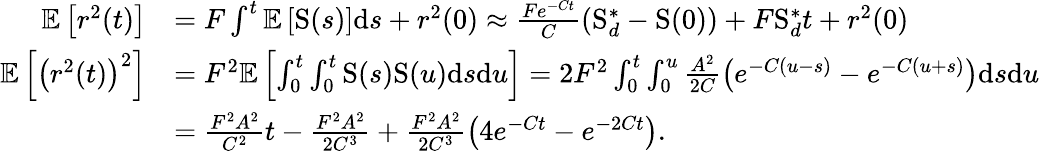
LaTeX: \begin{array}{rl}{\mathbb{E}\left[r^{2}(t)\right]}&{=F\int^{t}\mathbb{E}\left[\mathrm{S}(s)\right]\mathrm{d}s+r^{2}(0)\approx\frac{Fe^{-Ct}}{C}\left(\mathrm{S}_{d}^{\ast}-\mathrm{S}(0)\right)+F\mathrm{S}_{d}^{\ast}t+r^{2}(0)}\\ {\mathbb{E}\left[\left(r^{2}(t)\right)^{2}\right]}&{=F^{2}\mathbb{E}\left[\int_{0}^{t}\int_{0}^{t}\mathrm{S}(s)\mathrm{S}(u)\mathrm{d}s\mathrm{d}u\right]=2F^{2}\int_{0}^{t}\int_{0}^{u}\frac{A^{2}}{2C}\left(e^{-C(u-s)}-e^{-C(u+s)}\right)\mathrm{d}s\mathrm{d}u}\\ &{=\frac{F^{2}A^{2}}{C^{2}}t-\frac{F^{2}A^{2}}{2C^{3}}+\frac{F^{2}A^{2}}{2C^{3}}\left(4e^{-Ct}-e^{-2Ct}\right).}\end{array}